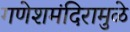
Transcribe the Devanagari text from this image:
गणेशमंदिरामुळे